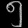
Digit: ၅